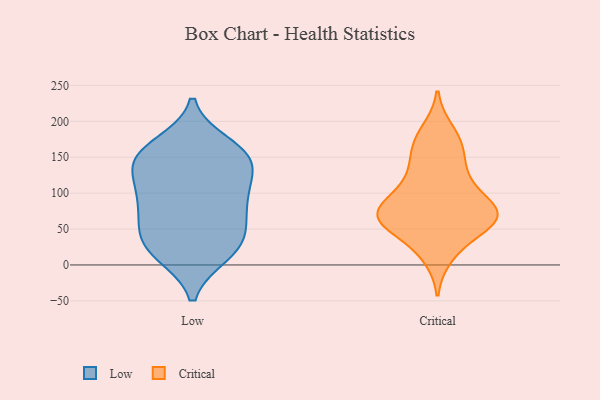
{"axis": {"x": "Active Users", "y": "Value"}, "legend": ["Critical", "Low"], "data": [{"x": "", "y": 116, "type": "Low"}, {"x": "", "y": 63, "type": "Low"}, {"x": "", "y": 100, "type": "Low"}, {"x": "", "y": 87, "type": "Low"}, {"x": "", "y": 24, "type": "Low"}, {"x": "", "y": 167, "type": "Low"}, {"x": "", "y": 145, "type": "Low"}, {"x": "", "y": 70, "type": "Low"}, {"x": "", "y": 148, "type": "Low"}, {"x": "", "y": 99, "type": "Low"}, {"x": "", "y": 152, "type": "Low"}, {"x": "", "y": 141, "type": "Low"}, {"x": "", "y": 39, "type": "Low"}, {"x": "", "y": 157, "type": "Low"}, {"x": "", "y": 38, "type": "Low"}, {"x": "", "y": 16, "type": "Low"}, {"x": "", "y": 15, "type": "Low"}, {"x": "", "y": 77, "type": "Critical"}, {"x": "", "y": 186, "type": "Critical"}, {"x": "", "y": 168, "type": "Critical"}, {"x": "", "y": 13, "type": "Critical"}, {"x": "", "y": 162, "type": "Critical"}, {"x": "", "y": 64, "type": "Critical"}, {"x": "", "y": 33, "type": "Critical"}, {"x": "", "y": 115, "type": "Critical"}, {"x": "", "y": 72, "type": "Critical"}, {"x": "", "y": 72, "type": "Critical"}, {"x": "", "y": 114, "type": "Critical"}, {"x": "", "y": 64, "type": "Critical"}, {"x": "", "y": 136, "type": "Critical"}, {"x": "", "y": 59, "type": "Critical"}, {"x": "", "y": 70, "type": "Critical"}, {"x": "", "y": 78, "type": "Critical"}]}